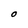
Character: O